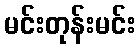
မင်းတုန်းမင်း